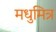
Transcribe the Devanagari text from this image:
मधुमित्र